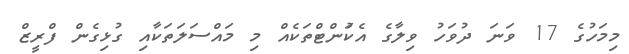
މިމަހުގެ 17 ވަނަ ދުވަހު ވިލާގެ އެކަުންޓްތަކެއް މި މައްސަލަތަކާއި ގުޅިގެން ފްރީޒް